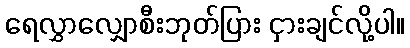
ရေလွှာလျှောစီးဘုတ်ပြား ငှားချင်လို့ပါ။